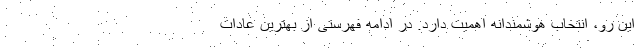
این رو، انتخاب هوشمندانه اهمیت دارد. در ادامه فهرستی از بهترین عادات